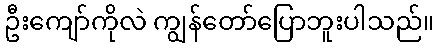
ဦးကျော်ကိုလဲ ကျွန်တော်ပြောဘူးပါသည်။